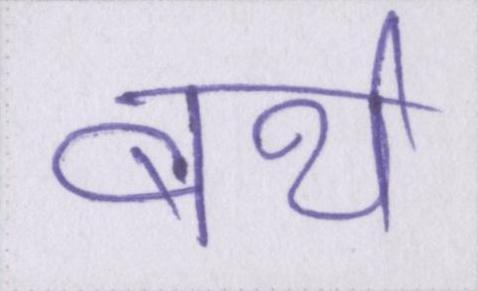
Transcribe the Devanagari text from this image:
बर्थ